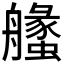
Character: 𦪶